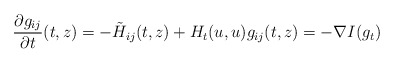
\begin{align*}\frac{\partial g_{ij}}{\partial t}(t,z)=-\tilde{H}_{ij}(t,z)+H_t(u,u)g_{ij}(t,z)=-\nabla I(g_t)\end{align*}